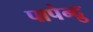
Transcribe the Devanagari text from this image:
पापेन्द्रु